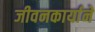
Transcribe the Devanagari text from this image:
जीवनकार्याने